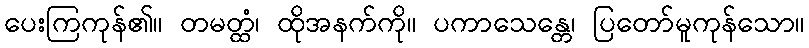
ပေးကြကုန်၏။ တမတ္ထံ၊ ထိုအနက်ကို။ ပကာသေန္တေ၊ ပြတော်မူကုန်သော။